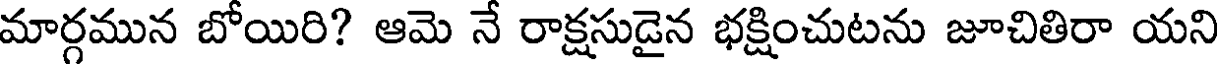
మార్గమున బోయిరి? ఆమె నే రాక్షసుడైన భక్షించుటను జూచితిరా యని